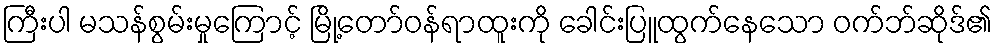
ကြီးပါ မသန်စွမ်းမှုကြောင့် မြို့တော်ဝန်ရာထူးကို ခေါင်းပြူထွက်နေသော ဝက်ဘ်ဆိုဒ်၏